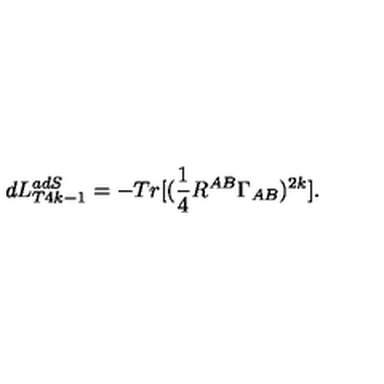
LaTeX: d L _ { T 4 k - 1 } ^ { a d S } = - T r [ ( \frac { 1 } { 4 } R ^ { A B } \Gamma _ { A B } ) ^ { 2 k } ] .